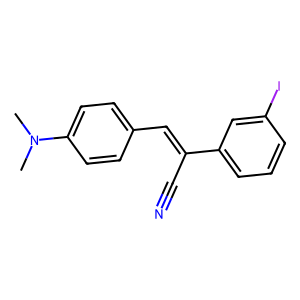
SMILES: CN(C)c1ccc(C=C(C#N)c2cccc(I)c2)cc1
Inhibits HIV replication: No